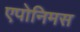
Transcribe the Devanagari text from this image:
एपोनिमस